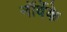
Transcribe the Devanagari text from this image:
नॉर्वेके